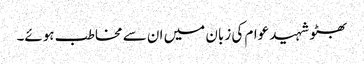
بھٹو شہید عوام کی زبان میں ان سے مخاطب ہوئے۔